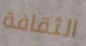
الثقافة